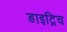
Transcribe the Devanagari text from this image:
डाइट्रिच